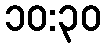
၁၀:၃၀